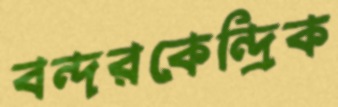
বন্দরকেন্দ্রিক